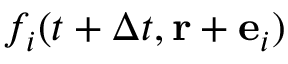
f _ { i } ( t + \Delta t , \mathbf { r } + { \bf e } _ { i } )